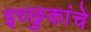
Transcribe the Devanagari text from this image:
इच्छुकांचे